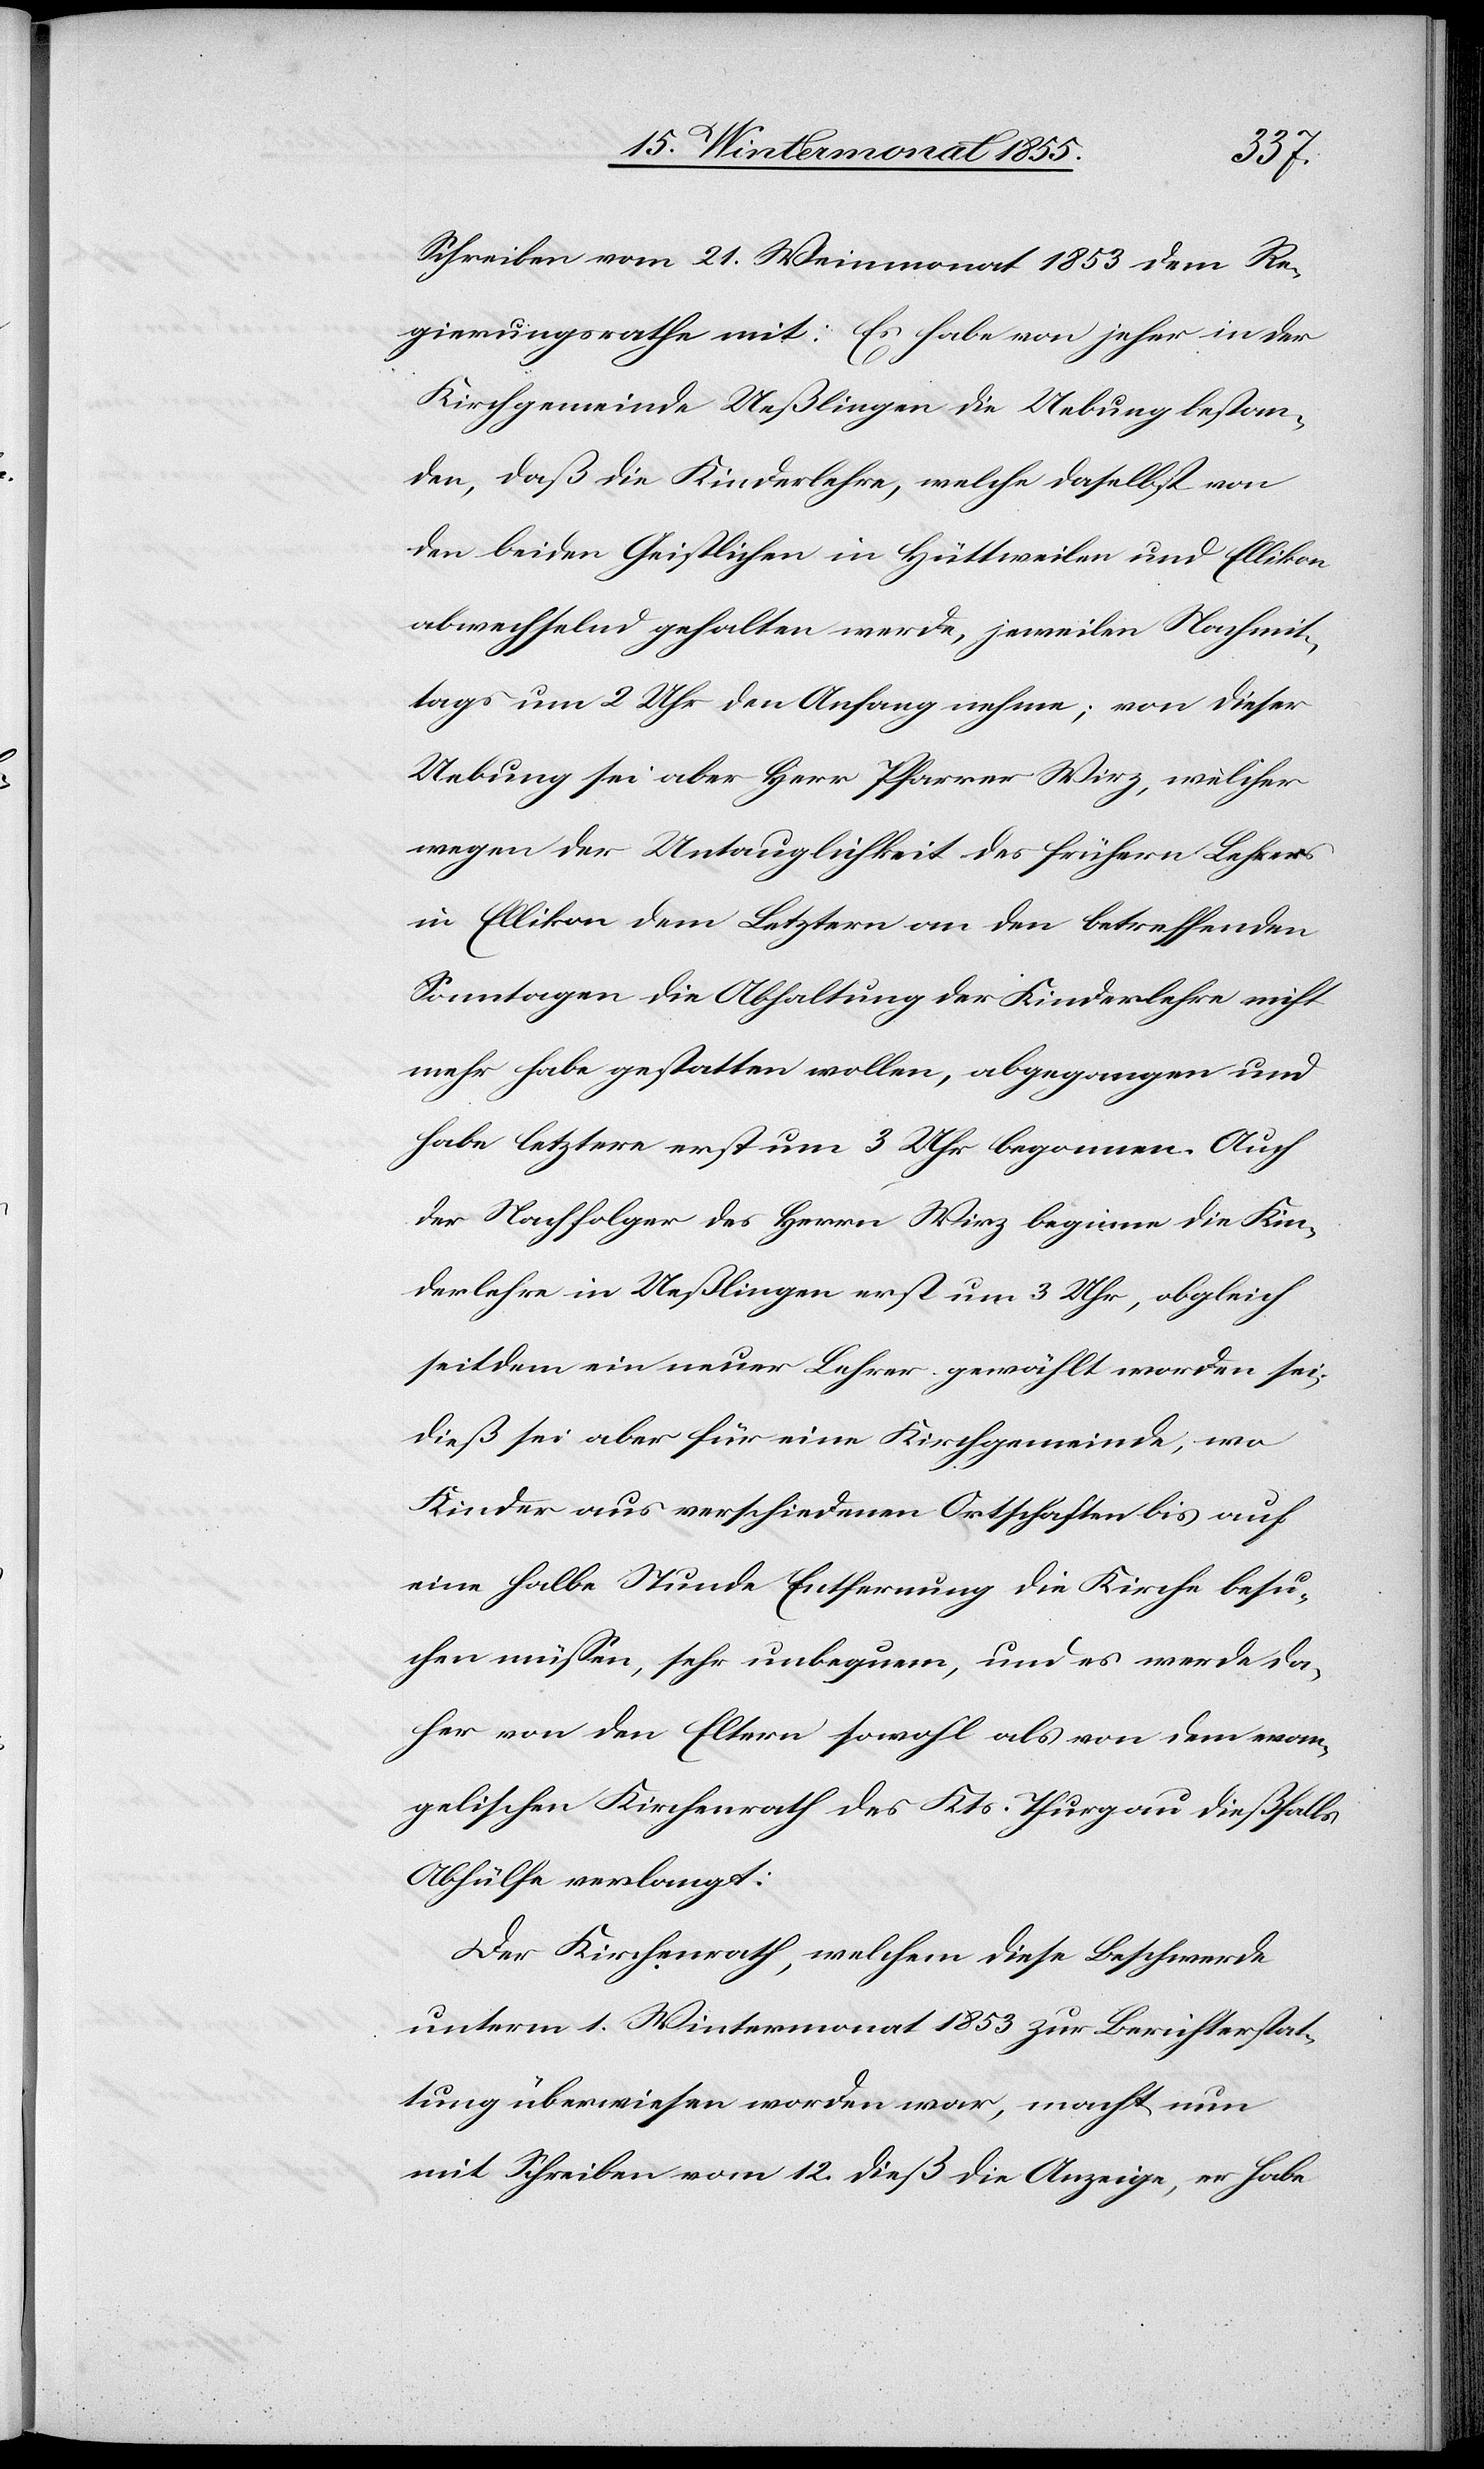
Schreiben vom 21. Weinmonat 1853 dem Re¬
gierungsrathe mit: Es habe von jeher in der
Kirchgemeinde Ueßlingen die Uebung bestan¬
den, daß die Kinderlehre, welche daselbst von
den beiden Geistlichen in Hüttweilen und Ellikon
abwechselnd gehalten werde, jeweilen Nachmit¬
tags um 2 Uhr den Anfang nehme; von dieser
Uebung sei aber Herr Pfarrer Wirz, welcher
wegen der Untauglichkeit des frühern Lehrers
in Ellikon dem Letztern an den betreffenden
Sonntagen die Abhaltung der Kinderlehre nicht
mehr habe gestatten wollen, abgegangen und
habe letztere erst um 3 Uhr begonnen. Auch
der Nachfolger des Herrn Wirz beginne die Kin¬
derlehre in Ueßlingen erst um 3 Uhr, obgleich
seitdem ein neuer Lehrer gewählt worden sei.
Dieß sei aber für eine Kirchgemeinde, wo
Kinder aus verschiedenen Ortschaften bis auf
eine halbe Stunde Entfernung die Kirche besu¬
chen müssen, sehr unbequem, und es werde da¬
her von den Eltern sowohl als von dem evan¬
gelischen Kirchenrath des Kts. Thurgau dießfalls
Abhülfe verlangt.
Der Kirchenrath, welchem diese Beschwerde
unterm 1. Wintermonat 1853 zur Berichterstat¬
tung überwiesen worden war, macht nun
mit Schreiben vom 12. dieß die Anzeige, er habe